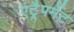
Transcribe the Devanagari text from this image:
एंट्रैपमेंट